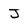
Character: J